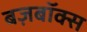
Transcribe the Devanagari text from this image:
बज़बॉक्स